Indian journal of veterinary science and animal husbandry - Volumes 15-17, 1948-1951
Year: 1948
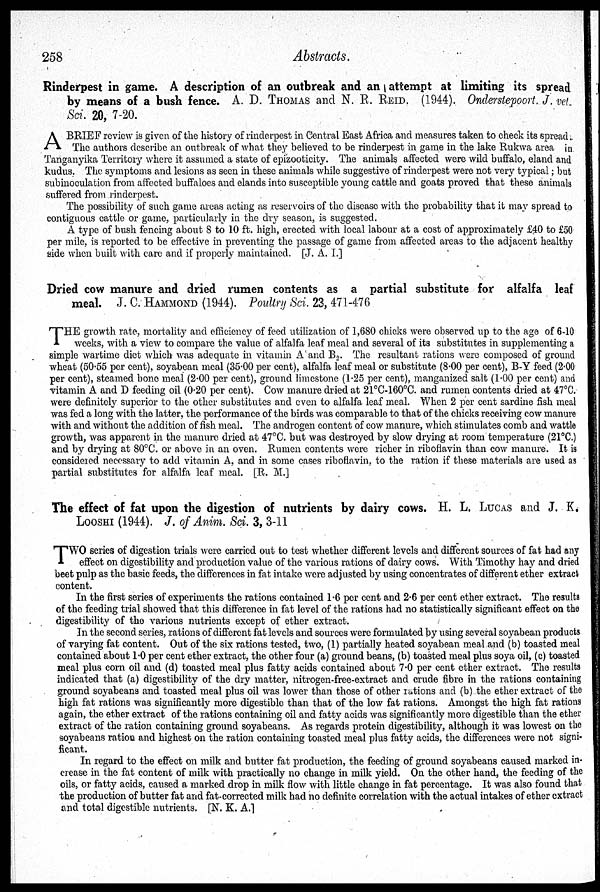
258
Abstracts.
Rinderpest in game. A description of an outbreak and an attempt at limiting its spread
by means of a bush fence. A. D. THOMAS and N. R. REID. (1944). Onderstepoort. J. vet.
Sci. 20, 7-20.
A BRIEF review is given of the history of rinderpest in Central East Africa and measures taken to check its spread.
The authors describe an outbreak of what they believed to be rinderpest in game in the lake Rukwa area in
Tanganyika Territory where it assumed a state of epizooticity. The animals affected were wild buffalo, eland and
kudus. The symptoms and lesions as seen in these animals while suggestive of rinderpest were not very typical; but
subinoculation from affected buffaloes and elands into susceptible young cattle and goats proved that these animals
suffered from rinderpest.
The possibility of such game areas acting as reservoirs of the disease with the probability that it may spread to-
contiguous cattle or game, particularly in the dry season, is suggested.
A type of bush fencing about 8 to 10 ft. high, erected with local labour at a cost of approximately £40 to £50
per mile, is reported to be effective in preventing the passage of game from affected areas to the adjacent healthy
side when built with care and if properly maintained. [J. A. I.]
Dried cow manure and dried rumen contents as a partial substitute for alfalfa leaf
meal. J. C. HAMMOND (1944). Poultry Sci. 23, 471-476
T HE growth rate, mortality and efficiency of feed utilization of 1,680 chicks were observed up to the age of 6-10
weeks, with a view to compare the value of alfalfa leaf meal and several of its substitutes in supplementing a
simple wartime diet which was adequate in vitamin A and B 2 . The resultant rations were composed of ground
wheat (50.55 per cent), soyabean meal (35.00 per cent), alfalfa leaf meal or substitute (8.00 per cent), B-Y feed (2.00
per cent), steamed bone meal (2.00 per cent), ground limestone (1.25 per cent), manganized salt (1.00 per cent) and
vitamin A and D feeding oil (0.20 per cent). Cow manure dried at 21°C-160°C. and rumen contents dried at 47°C.
were definitely superior to the other substitutes and even to alfalfa leaf meal. When 2 per cent sardine fish meal
was fed a long with the latter, the performance of the birds was comparable to that of the chicks receiving cow manure
with and without the addition of fish meal. The androgen content of cow manure, which stimulates comb and wattle
growth, was apparent in the manure dried at 47°C. but was destroyed by slow drying at room temperature (21°C.)
and by drying at 80°C. or above in an oven. Rumen contents were richer in riboflavin than cow manure. It is
considered necessary to add vitamin A, and in some cases riboflavin, to the ration if these materials are used as
partial substitutes for alfalfa leaf meal. [R. M.]
The effect of fat upon the digestion of nutrients by dairy cows. H. L. LUCAS and J. K.
LOOSHI (1944). J. of Anim. Sci. 3, 3-11
T WO series of digestion trials were carried out to test whether different levels and different sources of fat had any
effect on digestibility and production value of the various rations of dairy cows. With Timothy hay and dried
beet pulp as the basic feeds, the differences in fat intake were adjusted by using concentrates of different ether extract
content.
In the first series of experiments the rations contained 1.6 per cent and 2.6 per cent ether extract. The results
of the feeding trial showed that this difference in fat level of the rations had no statistically significant effect on the
digestibility of the various nutrients except of ether extract.
In the second series, rations of different fat levels and sources were formulated by using several soyabean products
of varying fat content. Out of the six rations tested, two, (1) partially heated soyabean meal and (b) toasted meal
contained about 1.0 per cent ether extract, the other four (a) ground beans, (b) toasted meal plus soya oil, (c) toasted
meal plus corn oil and (d) toasted meal plus fatty acids contained about 7.0 per cent ether extract. The results
indicated that (a) digestibility of the dry matter, nitrogen-free-extract and crude fibre in the rations containing
ground soyabeans and toasted meal plus oil was lower than those of other rations and (b) the ether extract of the
high fat rations was significantly more digestible than that of the low fat rations. Amongst the high fat rations
again, the ether extract of the rations containing oil and fatty acids was significantly more digestible than the ether
extract of the ration con taming ground soyabeans. As regards protein digestibility, although it was lowest on the
soyabeans ration and highest on the ration containing toasted meal plus fatty acids, the differences were not signi-
ficant.
In regard to the effect on milk and butter fat production, the feeding of ground soyabeans caused marked in-
crease in the fat content of milk with practically no change in milk yield. On the other hand, the feeding of the
oils, or fatty acids, caused a marked drop in milk flow with little change in fat percentage. It was also found that
the production of butter fat and fat-corrected milk had no definite correlation with the actual intakes of ether extract
and total digestible nutrients. [N. K. A.]